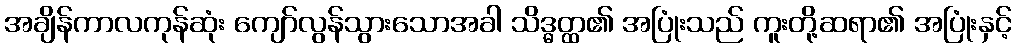
အချိန်ကာလကုန်ဆုံး ကျော်လွန်သွားသောအခါ သိဒ္ဓတ္ထ၏ အပြုံးသည် ကူးတို့ဆရာ၏ အပြုံးနှင့်